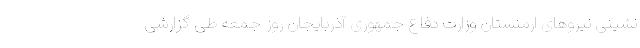
نشینی نیروهای ارمنستان وزارت دفاع جمهوری آذربایجان روز جمعه طی گزارشی